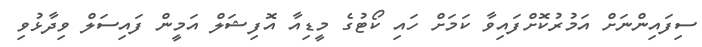
ސިފައިންނަށް އަމުރުކޮށްފައިވާ ކަމަށް ހައި ކޯޓުގެ މީޑިއާ އޮފިޝަލް އަމީން ފައިސަލް ވިދާޅުވި